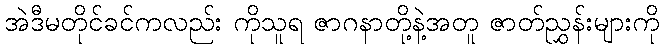
အဲဒီမတိုင်ခင်ကလည်း ကိုသူရ ဇာဂနာတို့နဲ့အတူ ဇာတ်ညွှန်းများကို